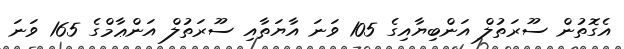
އެގޮތުން ސޫރަތުލް އަންބިޔާއިގެ 105 ވަނަ އާޔަތާއި ސޫރަތުލް އަންޢާމްގެ 165 ވަނަ